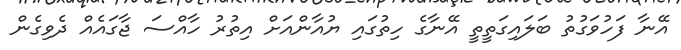
އޭނާ ފަހުވަގުތު ބަލައިގަތީތީީ އޭނާގެ ހިތުގައި ޔުއާންއަށް އިތުރު ހާއްސަ ޖާގައެއް ދެވިގެން